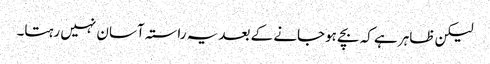
لیکن ظاہر ہے کہ بچے ہوجانے کے بعد یہ راستہ آسان نہیں رہتا۔